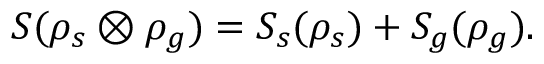
S ( \rho _ { s } \otimes \rho _ { g } ) = S _ { s } ( \rho _ { s } ) + S _ { g } ( \rho _ { g } ) .